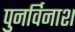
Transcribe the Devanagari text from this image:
पुनर्विनाश